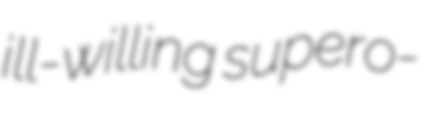
ill-willing supero-